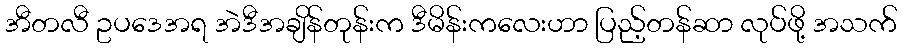
အီတလီ ဥပဒေအရ အဲဒီအချိန်တုန်းက ဒီမိန်းကလေးဟာ ပြည့်တန်ဆာ လုပ်ဖို့ အသက်